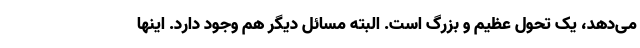
می‌دهد، یک تحول عظیم و بزرگ است. البته مسائل دیگر هم وجود دارد. اینها